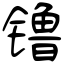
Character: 镥